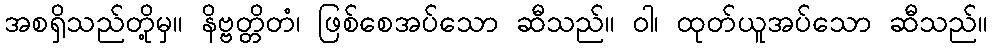
အစရှိသည်တို့မှ။ နိဗ္ဗတ္တိတံ၊ ဖြစ်စေအပ်သော ဆီသည်။ ဝါ၊ ထုတ်ယူအပ်သော ဆီသည်။